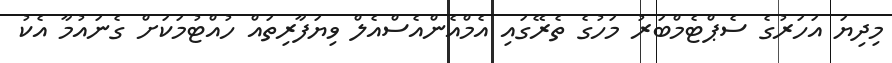
މިދިޔަ އަހަރުގެ ސެޕްޓެމްބަރު މަހުގެ ތެރޭގައި އެމްއެންއެސްއެލް ވިޔަފާރިތައް ހުއްޓުމަކަށް ގެނައުމާ އެކު